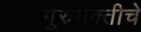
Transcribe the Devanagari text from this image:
गुरुभक्तीचे